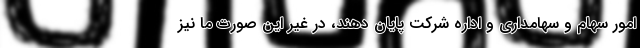
امور سهام و سهامداری و اداره شرکت پایان دهند، در غیر این صورت ما نیز